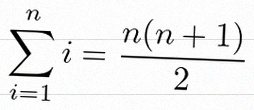
\sum_{i=1}^{n}i=\frac{n(n+1)}2